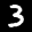
Label: 3